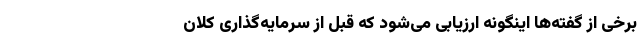
برخی از گفته‌ها اینگونه ارزیابی می‌شود که قبل از سرمایه‌گذاری کلان